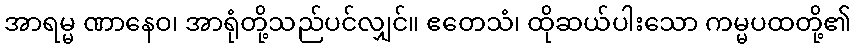
အာရမ္မ ဏာနေဝ၊ အာရုံတို့သည်ပင်လျှင်။ ဧတေသံ၊ ထိုဆယ်ပါးသော ကမ္မပထတို့၏